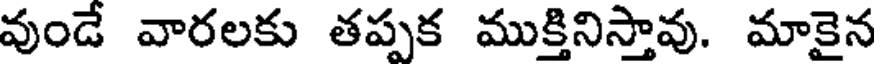
వుండే వారలకు తప్పక ముక్తినిస్తావు. మాకైన